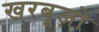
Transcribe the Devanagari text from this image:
खरबूज़ों